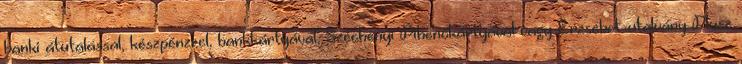
banki átutalással, készpénzzel, bankkártyával, Széchenyi Pihenőkártyával vagy Erzsébet-utalvány Plusz